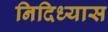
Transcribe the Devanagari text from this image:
निदिध्यास